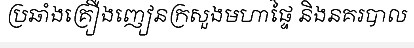
ប្រឆាំងគ្រឿងញៀនក្រសួងមហាផ្ទៃ និងនគរបាល